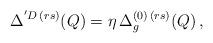
LaTeX: \begin{align*}\Delta^{' D \, (r s)} (Q) = \eta \, \Delta^{(0) \, (r s)}_g (Q) \, , \end{align*}